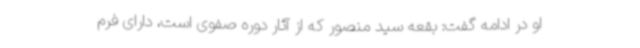
او در ادامه گفت: بقعه سید منصور که از آثار دوره صفوی است، دارای فرم